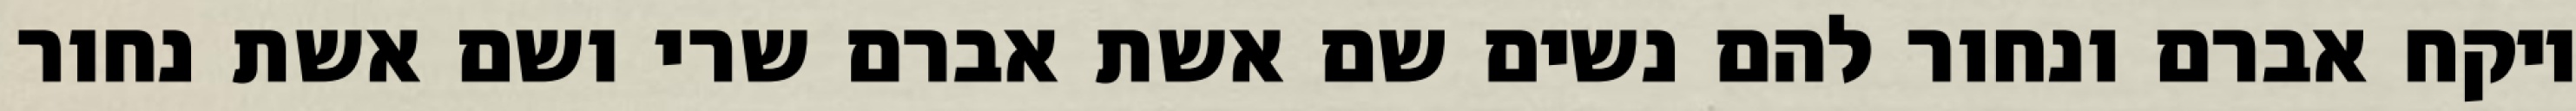
ויקח אברם ונחור להם נשים שם אשת אברם שרי ושם אשת נחור